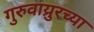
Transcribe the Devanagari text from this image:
गुरुवाय्रुरच्या